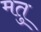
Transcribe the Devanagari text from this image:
मतु